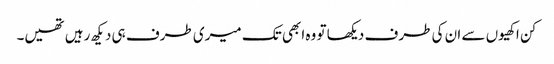
کن اکھیوں سے ان کی طرف دیکھا تو وہ ابھی تک میری طرف ہی دیکھ رہیں تھیں۔